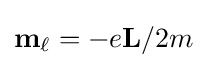
\mathbf {m} _{\ell }=-e\mathbf {L} /2m